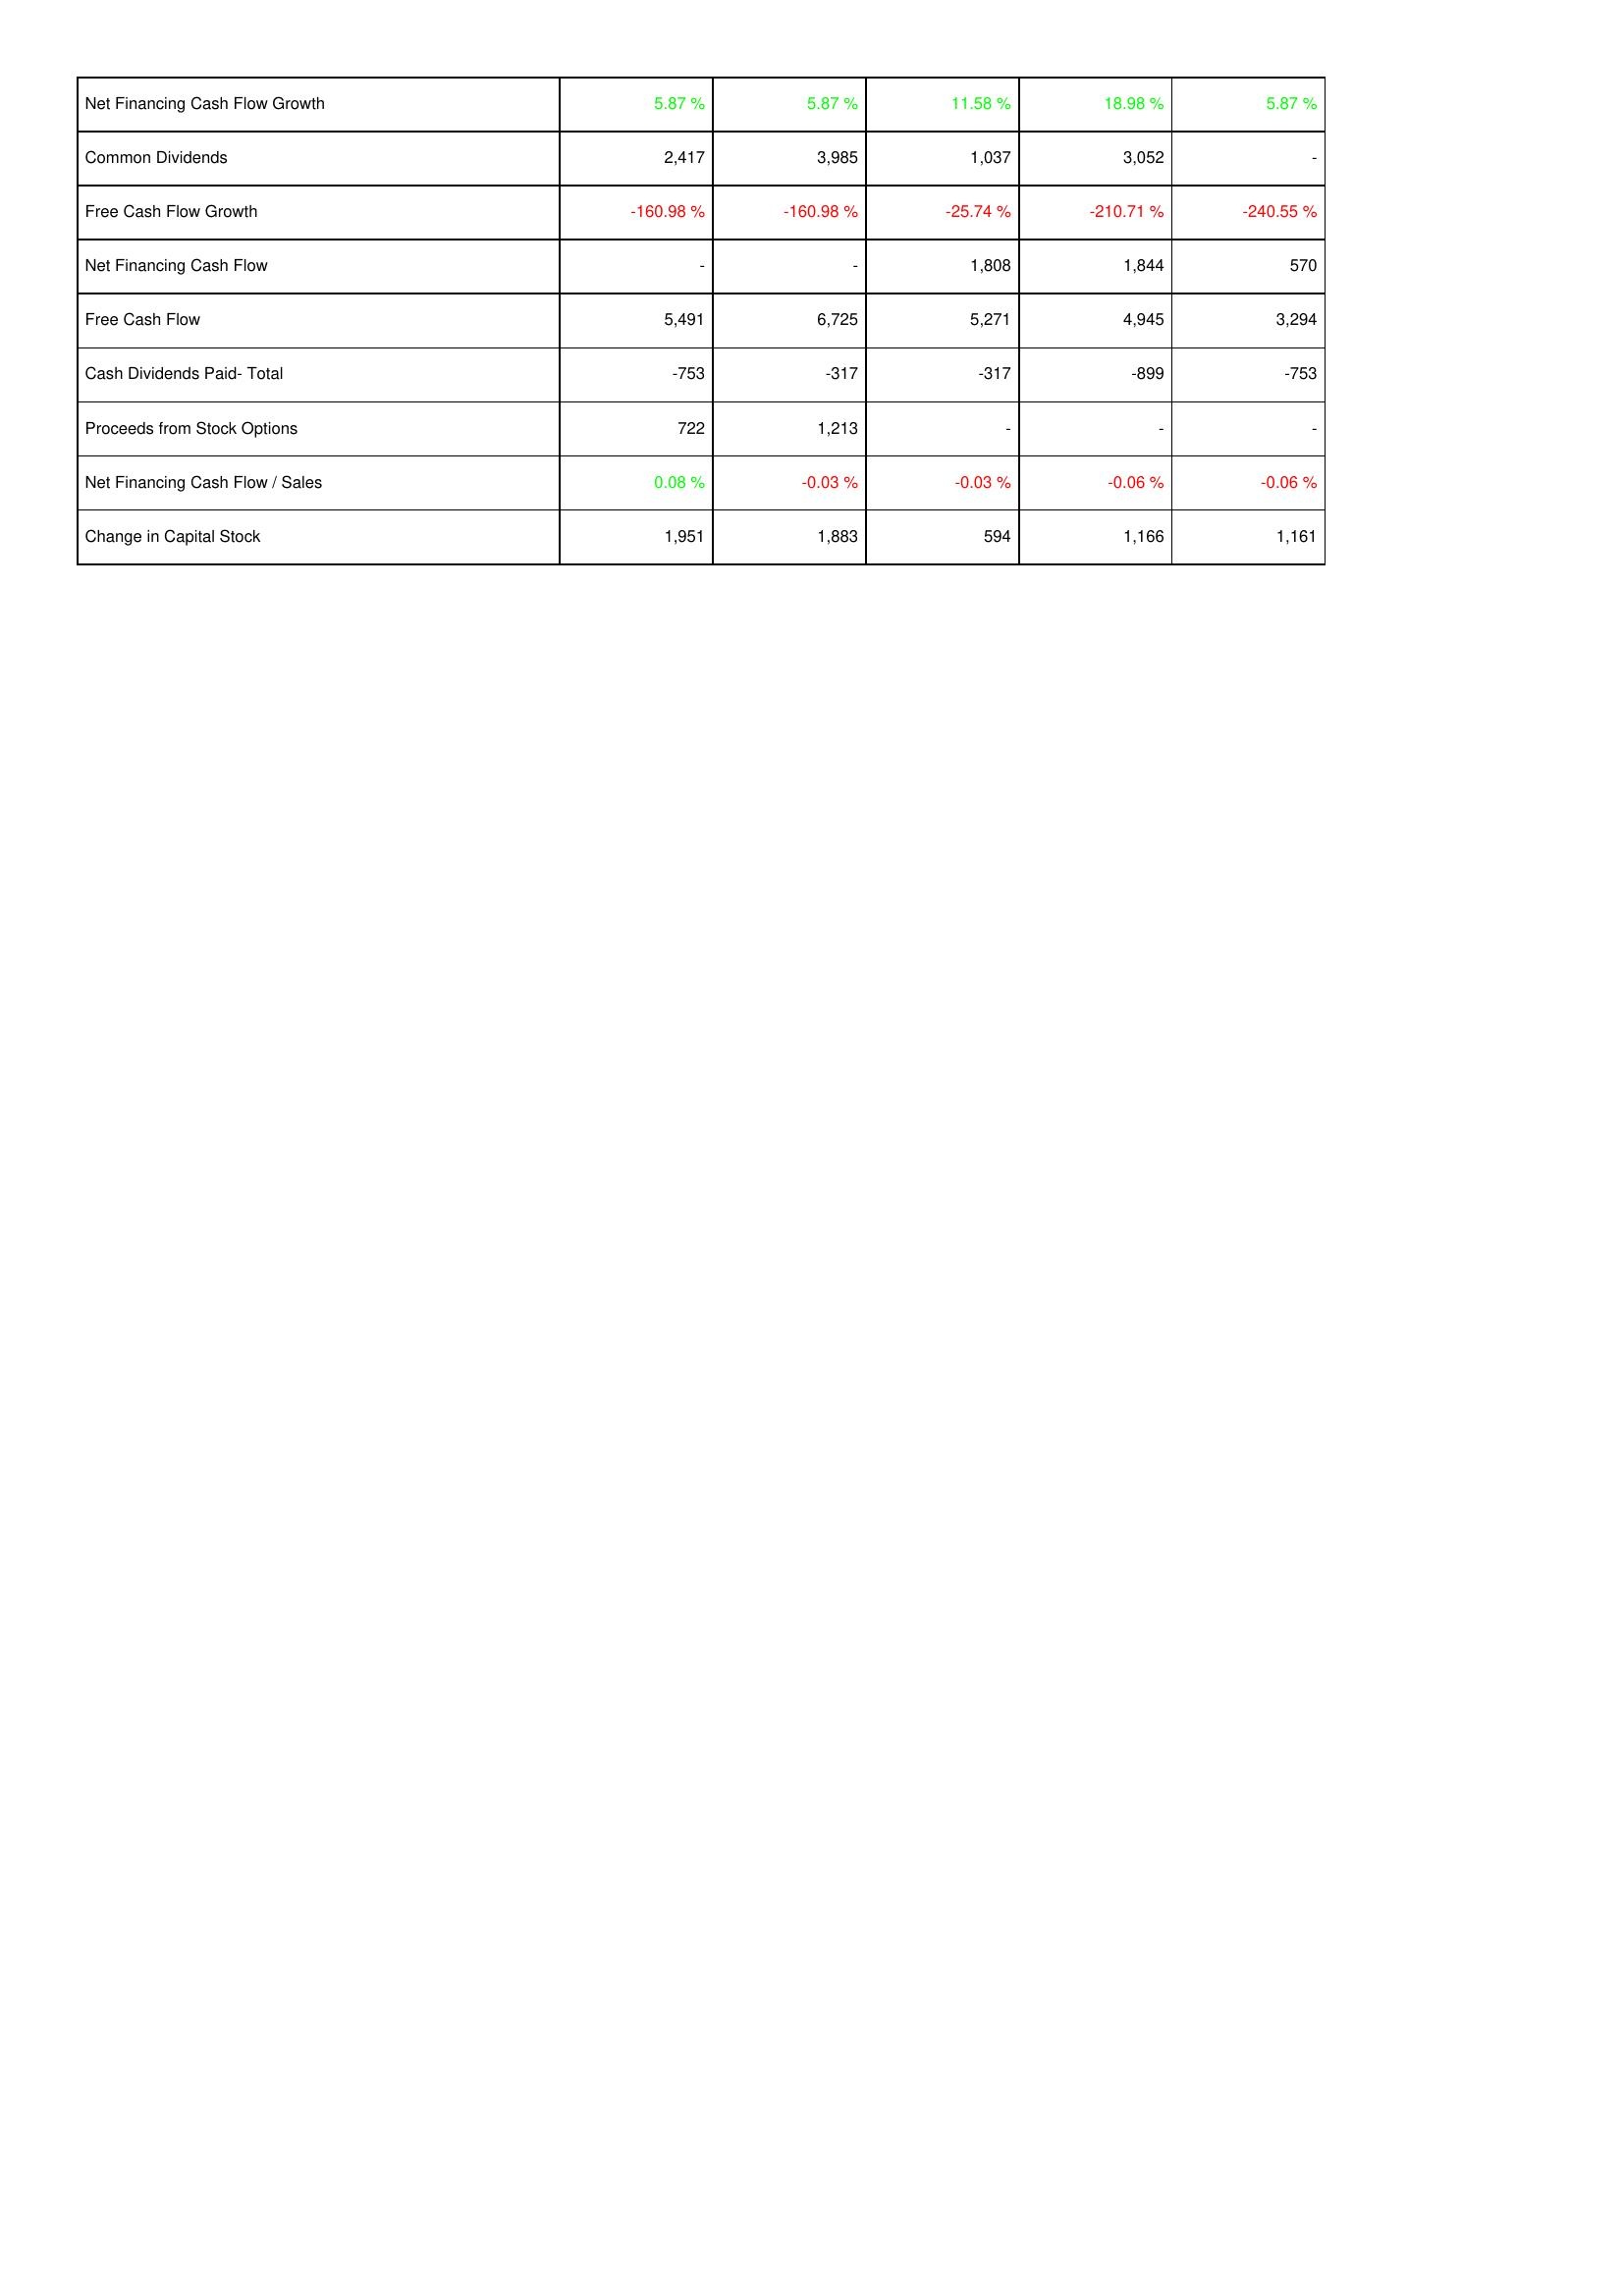
2013: Financing Activities: Net Financing Cash Flow Growth: 5.87 %
Common Dividends: 2,417
Free Cash Flow Growth: -160.98 %
Net Financing Cash Flow: -
Free Cash Flow: 5,491
Cash Dividends Paid- Total: -753
Proceeds from Stock Options: 722
Net Financing Cash Flow / Sales: 0.08 %
Change in Capital Stock: 1,951
2014: Financing Activities: Net Financing Cash Flow Growth: 5.87 %
Common Dividends: 3,985
Free Cash Flow Growth: -160.98 %
Net Financing Cash Flow: -
Free Cash Flow: 6,725
Cash Dividends Paid- Total: -317
Proceeds from Stock Options: 1,213
Net Financing Cash Flow / Sales: -0.03 %
Change in Capital Stock: 1,883
2015: Financing Activities: Net Financing Cash Flow Growth: 11.58 %
Common Dividends: 1,037
Free Cash Flow Growth: -25.74 %
Net Financing Cash Flow: 1,808
Free Cash Flow: 5,271
Cash Dividends Paid- Total: -317
Proceeds from Stock Options: -
Net Financing Cash Flow / Sales: -0.03 %
Change in Capital Stock: 594
2016: Financing Activities: Net Financing Cash Flow Growth: 18.98 %
Common Dividends: 3,052
Free Cash Flow Growth: -210.71 %
Net Financing Cash Flow: 1,844
Free Cash Flow: 4,945
Cash Dividends Paid- Total: -899
Proceeds from Stock Options: -
Net Financing Cash Flow / Sales: -0.06 %
Change in Capital Stock: 1,166
2017: Financing Activities: Net Financing Cash Flow Growth: 5.87 %
Common Dividends: -
Free Cash Flow Growth: -240.55 %
Net Financing Cash Flow: 570
Free Cash Flow: 3,294
Cash Dividends Paid- Total: -753
Proceeds from Stock Options: -
Net Financing Cash Flow / Sales: -0.06 %
Change in Capital Stock: 1,161